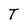
Character: T